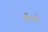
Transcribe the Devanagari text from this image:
डोरले